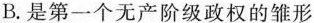
B.是第一个无产阶级政权的雏形